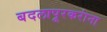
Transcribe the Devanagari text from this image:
बदलापूरकरांना